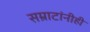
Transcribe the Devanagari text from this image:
सम्राटांनीही